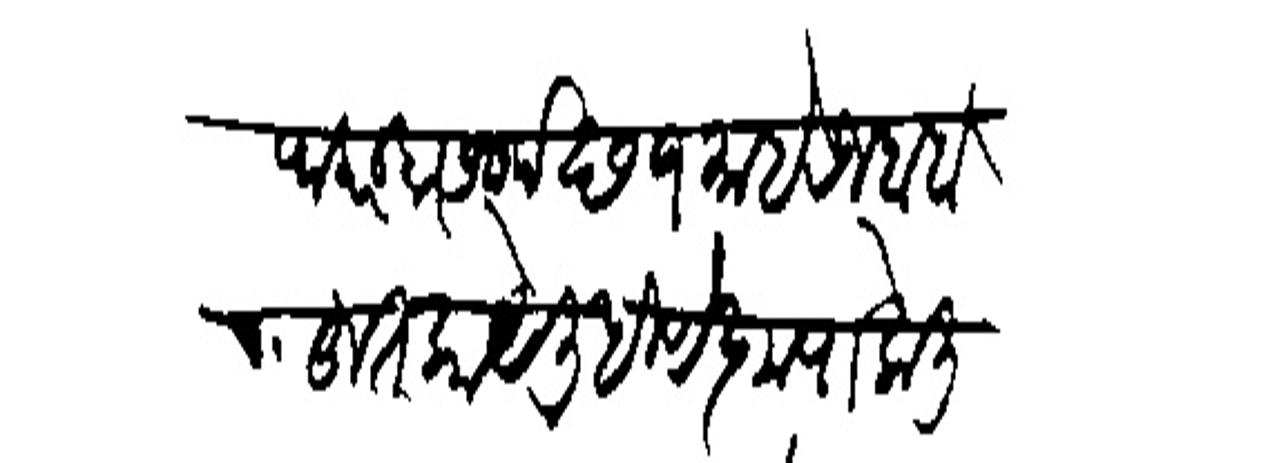
Transliteration (Devanagari): कृपा करन्हार समर्थ छ १ माहे रजब बहुत काये लिहिणे कृपा केली